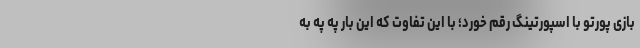
بازی پورتو با اسپورتینگ رقم خورد؛ با این تفاوت که این بار په په به